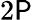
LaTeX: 2\mathsf{P}